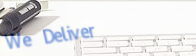
We Deliver